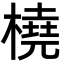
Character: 橈